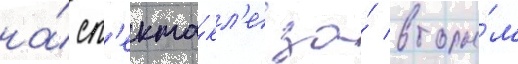
на́ сп'екта́кл'е за́ вторы́м